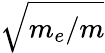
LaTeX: \sqrt{m_{e}/m}